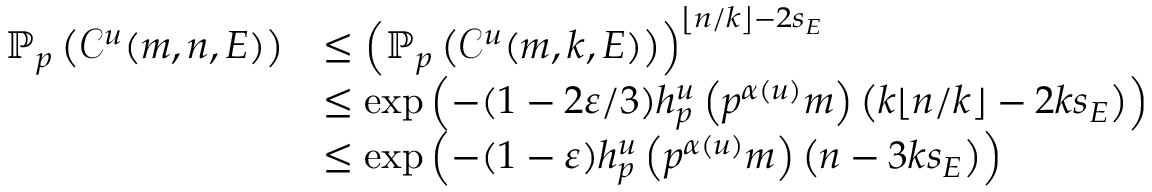
\begin{array} { r l } { \mathbb { P } _ { p } \left( \mathcal C ^ { u } ( m , n , E ) \right) } & { \leq \left( \mathbb { P } _ { p } \left( \mathcal C ^ { u } ( m , k , E ) \right) \right) ^ { \left\lfloor n / k \right\rfloor - 2 s _ { E } } } \\ & { \le \exp \left( - ( 1 - 2 \varepsilon / 3 ) h _ { p } ^ { u } \left( p ^ { \alpha ( u ) } m \right) \left( k \lfloor n / k \rfloor - 2 k s _ { E } \right) \right) } \\ & { \le \exp \left( - ( 1 - \varepsilon ) h _ { p } ^ { u } \left( p ^ { \alpha ( u ) } m \right) \left( n - 3 k s _ { E } \right) \right) } \end{array}